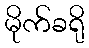
မိုက်ခရို